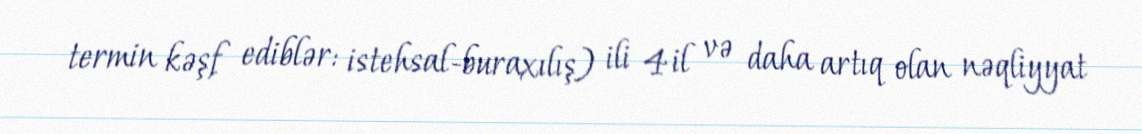
termin kəşf ediblər: istehsal-buraxılış) ili 4 il və daha artıq olan nəqliyyat